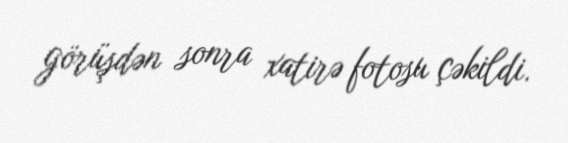
görüşdən sonra xatirə fotosu çəkildi.